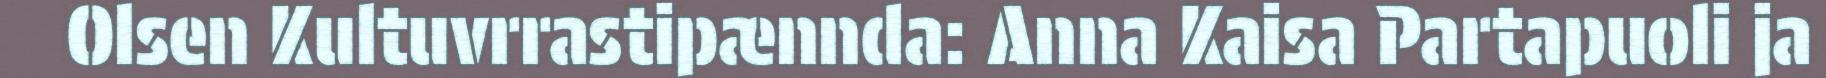
Olsen Kultuvrrastipænnda: Anna Kaisa Partapuoli ja